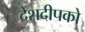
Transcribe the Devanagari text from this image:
देशदीपको